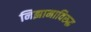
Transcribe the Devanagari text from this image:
निझामाविरुद्ध